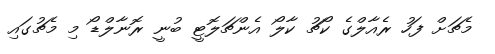
މެޗަށް ފަހު ރެއާލްގެ ކޯޗު ކާލޯ އެންޗަލޮޓީ ބުނީ ރޮނާލްޑޯ މި މެޗުގައި